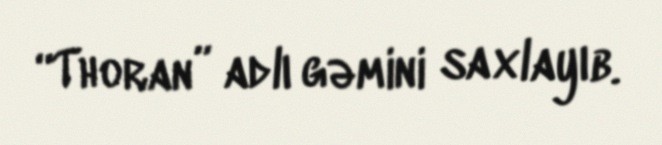
“Thoran” adlı gəmini saxlayıb.